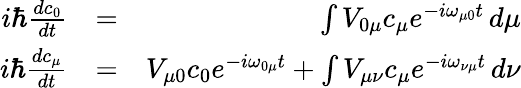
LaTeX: \begin{array}{rlr}{i\hbar\frac{dc_{0}}{dt}}&{=}&{\int V_{0\mu}c_{\mu}e^{-i\omega_{\mu 0}t}\, d\mu}\\ {i\hbar\frac{dc_{\mu}}{dt}}&{=}&{V_{\mu 0}c_{0}e^{-i\omega_{0\mu}t}+\int V_{\mu\nu}c_{\mu}e^{-i\omega_{\nu\mu}t}\, d\nu}\end{array}